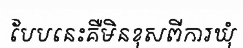
បែបនេះគឺមិនខុសពីការឃុំ